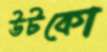
উটকো